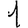
Digit: 1